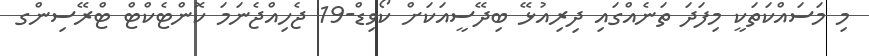
މި މަސައްކަތަކީ މިފަދަ ތަނެއްގައި ދިރިއުޅޭ ބިދޭސީއަކަށް ކޯވިޑް-19 ޖެހިއްޖެނަމަ ކޮންޓެކްޓް ޓްރޭސިންގ